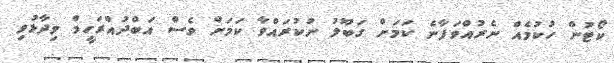
ކޯޓުން ހުކުމެއް ނެރުއްވަފާނެ ކަމަށް ގަބޫލު ނުކުރައްވާ ކަމަށް ވެސް އަބްދުއްރަހީމް ވިދާޅުވި